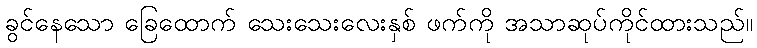
ခွင်နေသော ခြေထောက် သေးသေးလေးနှစ် ဖက်ကို အသာဆုပ်ကိုင်ထားသည်။